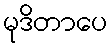
မုဒိတာပေ